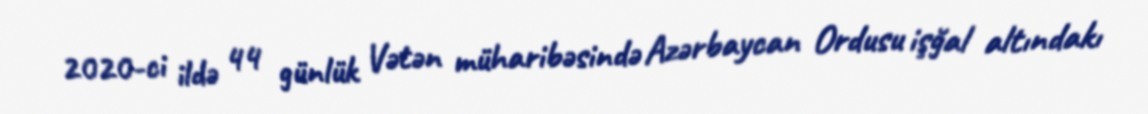
2020-ci ildə 44 günlük Vətən müharibəsində Azərbaycan Ordusu işğal altındakı